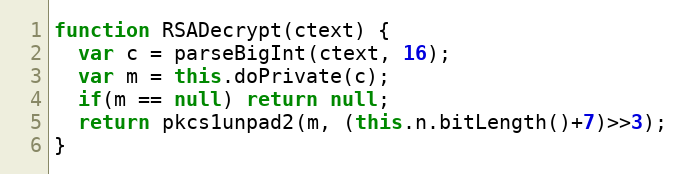
Language: JavaScript
function RSADecrypt(ctext) {
  var c = parseBigInt(ctext, 16);
  var m = this.doPrivate(c);
  if(m == null) return null;
  return pkcs1unpad2(m, (this.n.bitLength()+7)>>3);
}